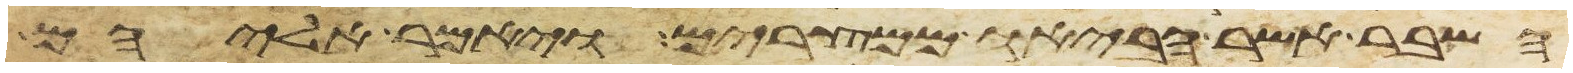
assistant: השבר אשר הביאו ממצרים ויאמר אליהם